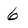
Character: 6